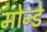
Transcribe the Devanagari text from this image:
मोन्डे